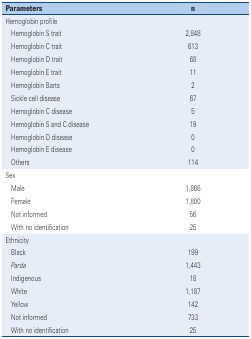
<table><thead><tr><td colspan="2"><b>Parameters</b></td><td><b>n</b></td></tr></thead><tbody><tr><td colspan="2">Hemoglobin profile</td><td></td></tr><tr><td></td><td>Hemoglobin S trait</td><td>2,848</td></tr><tr><td></td><td>Hemoglobin C trait</td><td>613</td></tr><tr><td></td><td>Hemoglobin D trait</td><td>68</td></tr><tr><td></td><td>Hemoglobin E trait</td><td>11</td></tr><tr><td></td><td>Hemoglobin Barts</td><td>2</td></tr><tr><td></td><td>Sickle cell disease</td><td>67</td></tr><tr><td></td><td>Hemoglobin C disease</td><td>5</td></tr><tr><td></td><td>Hemoglobin S and C disease</td><td>19</td></tr><tr><td></td><td>Hemoglobin D disease</td><td>0</td></tr><tr><td></td><td>Hemoglobin E disease</td><td>0</td></tr><tr><td></td><td>Others</td><td>114</td></tr><tr><td colspan="2">Sex</td><td></td></tr><tr><td></td><td>Male</td><td>1,866</td></tr><tr><td></td><td>Female</td><td>1,800</td></tr><tr><td></td><td>Not informed</td><td>56</td></tr><tr><td></td><td>With no identification</td><td>25</td></tr><tr><td colspan="2">Ethnicity</td><td></td></tr><tr><td></td><td>Black</td><td>199</td></tr><tr><td></td><td><i>Parda</i></td><td>1,443</td></tr><tr><td></td><td>Indigenous</td><td>18</td></tr><tr><td></td><td>White</td><td>1,187</td></tr><tr><td></td><td>Yellow</td><td>142</td></tr><tr><td></td><td>Not informed</td><td>733</td></tr><tr><td></td><td>With no identification</td><td>25</td></tr></tbody></table>